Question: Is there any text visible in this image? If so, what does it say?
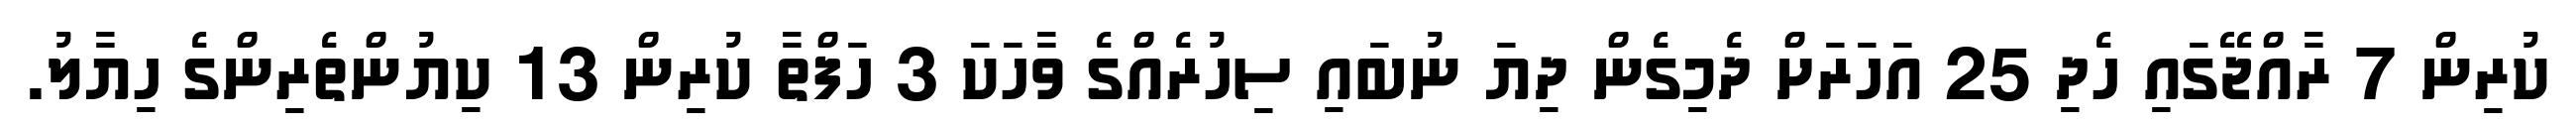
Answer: ކުރިން 7 ރާއްޖޭގައި ހެދި 25 އަހަރަށް ދެމިގެން ދިޔަ ނުބައި ސިހުރެއްގެ ވާހަކަ 3 ހަފްތާ ކުރިން 13 ކިޔުންތެރިންގެ ހިޔާލު.